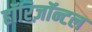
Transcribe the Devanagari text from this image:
हॉरिज़ॉन्टल